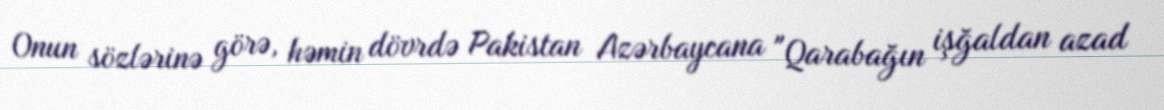
Onun sözlərinə görə, həmin dövrdə Pakistan Azərbaycana "Qarabağın işğaldan azad